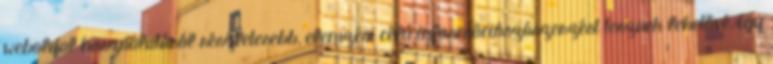
weboldal használatáról részletesebb, elemzési célú információszószerzést tesznek lehetővé, így